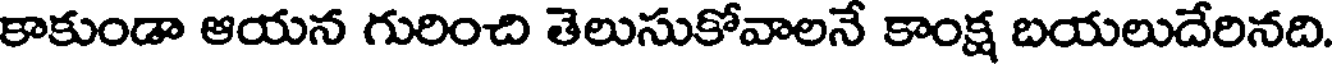
కాకుండా ఆయన గురించి తెలుసుకోవాలనే కాంక్ష బయలుదేరినది.